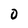
Character: 0